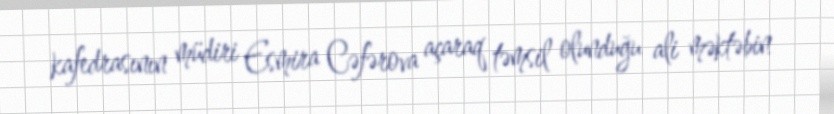
kafedrasının müdiri Esmira Cəfərova açaraq təmsil olunduğu ali məktəbin